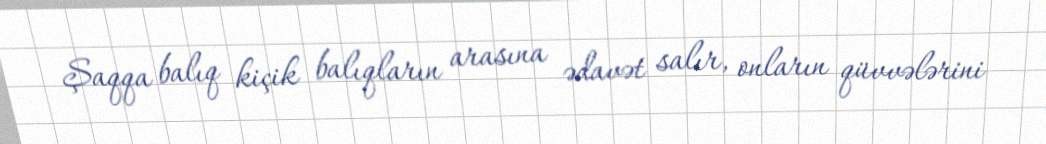
Şaqqa balıq kiçik balıqların arasına ədavət salır, onların qüvvələrini